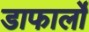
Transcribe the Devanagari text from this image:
डाफार्लो